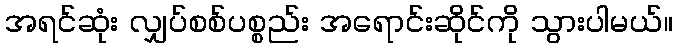
အရင်ဆုံး လျှပ်စစ်ပစ္စည်း အရောင်းဆိုင်ကို သွားပါမယ်။